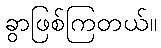
ခွာဖြစ်ကြတယ်။